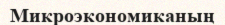
Микроэкономиканың